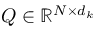
Q \in \mathbb { R } ^ { N \times d _ { k } }